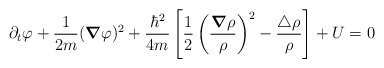
\begin{align*}\partial_{t}\varphi + \frac{1}{2m}({\mbox{\boldmath $\nabla$}}\varphi)^2 + \frac{\hbar^2}{4m}\left[\frac{1}{2}\left(\frac{{\mbox{\boldmath $\nabla$}}\rho}{\rho}\right)^2 - \frac{\triangle \rho}{\rho}\right] + U = 0\end{align*}